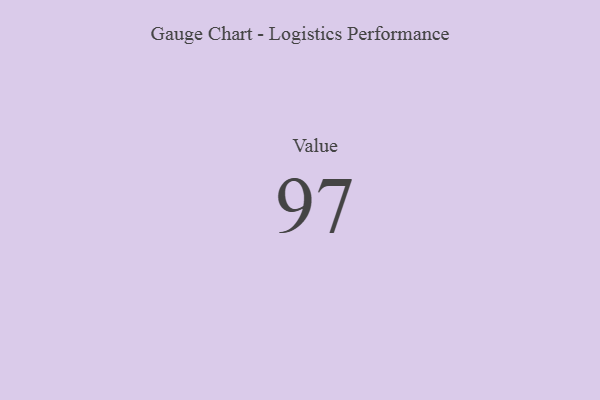
{"axis": {"x": "Metric", "y": "Value"}, "legend": [""], "data": [{"x": "Value", "y": 97, "type": ""}]}